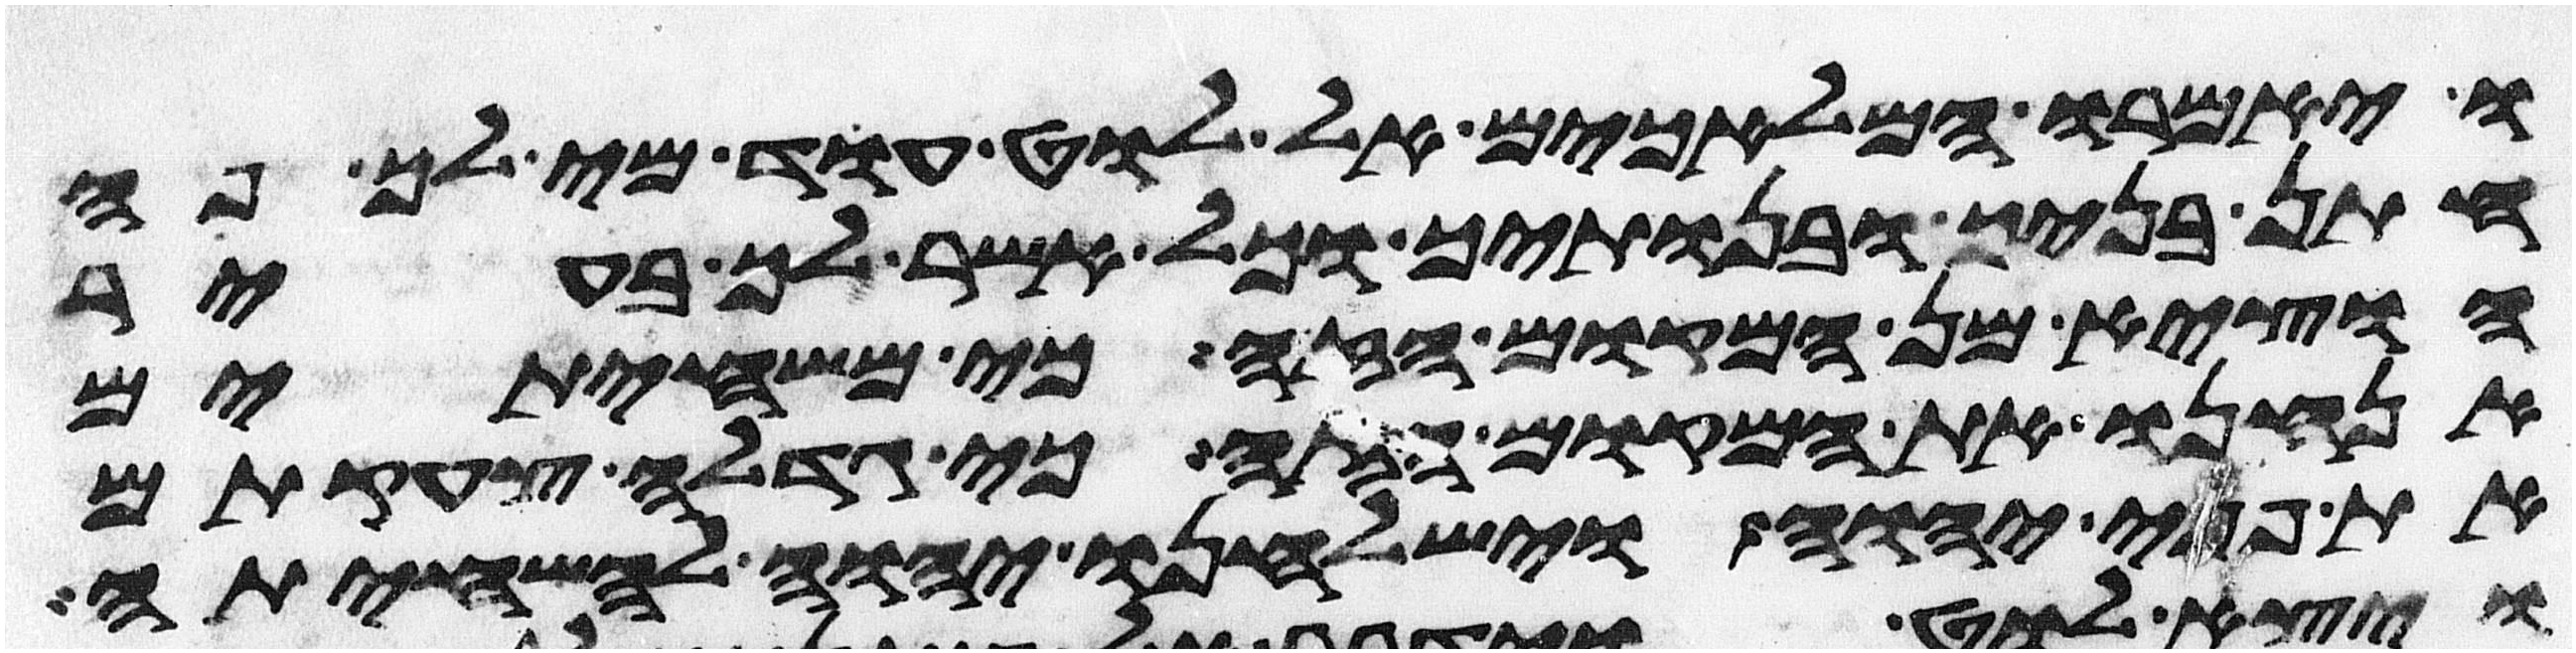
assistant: ויאמרו המלאכים אל לוט עוד מי לך פה
חתן בניך ובנתיך וכל אשר לך בעיר
הוציא מן המקום הזה כי משחיתים
אנחנו את המקום הזה כי גדלה צעקתם
את פני יהוה וישלחנו יהוה להשחיתה